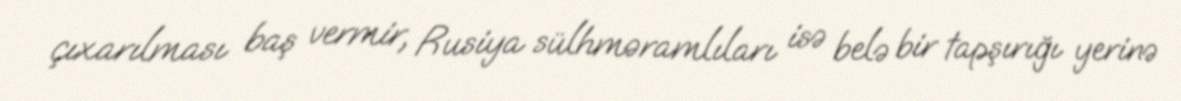
çıxarılması baş vermir, Rusiya sülhməramlıları isə belə bir tapşırığı yerinə